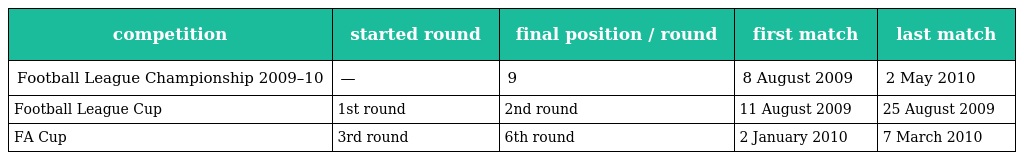
| competition | started round | final position / round | first match | last match |
 | --- | --- | --- | --- | --- |
 | Football League Championship 2009–10 | — | 9 | 8 August 2009 | 2 May 2010 |
 | Football League Cup | 1st round | 2nd round | 11 August 2009 | 25 August 2009 |
 | FA Cup | 3rd round | 6th round | 2 January 2010 | 7 March 2010 |